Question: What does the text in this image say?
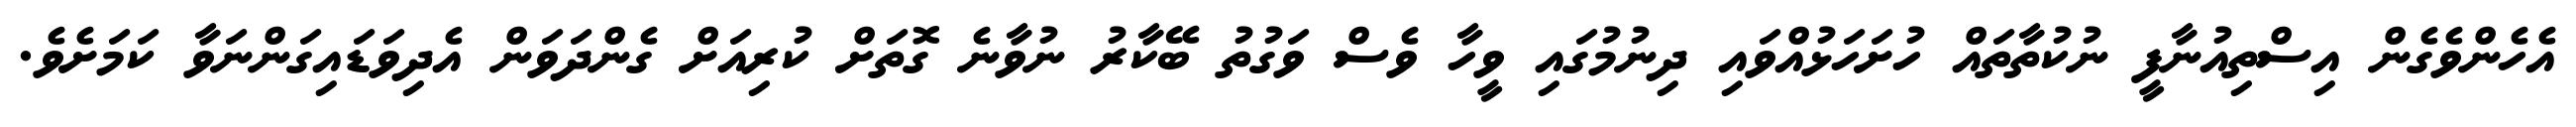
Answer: އެހެންވެގެން އިސްތިއުނާފީ ނުކުތާތައް ހުށަހަޅުއްވައި ދިނުމުގައި ވީހާ ވެސް ވަގުތު ބޭކާރު ނުވާނެ ގޮތަށް ކުރިއަށް ގެންދަވަން އެދިވަޑައިގަންނަވާ ކަމަށެވެ.